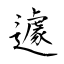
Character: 遽